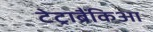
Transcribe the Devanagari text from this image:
टेट्राब्रैंकिआ